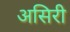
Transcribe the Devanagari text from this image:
असिरी